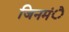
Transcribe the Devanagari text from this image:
जिनमंे